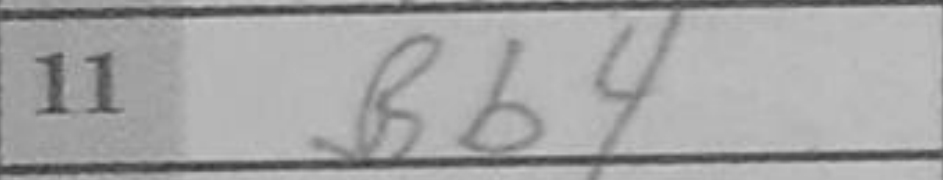
Transcription: Bb4